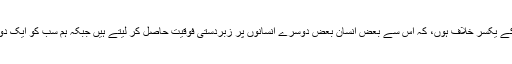
اور یہی وجہ ہے کہ میں مذہب کو سیاسی ہتھکنڈے کے طور پر استعمال کیے جانے کے یکسر خلاف ہوں، کہ اس سے بعض انسان بعض دوسرے انسانوں پر زبردستی فوقیت حاصل کر لیتے ہیں جبکہ ہم سب کو ایک دوسرے کے برابر پیدا کیا گیا ہے اور سب دنیا اور زندگی پر مساوی حقوق رکھتے ہیں۔